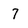
Character: 7